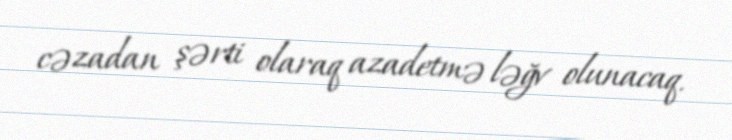
cəzadan şərti olaraq azadetmə ləğv olunacaq.